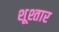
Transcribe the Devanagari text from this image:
शूश्तार